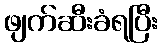
ဖျက်ဆီးခံရပြီး